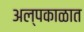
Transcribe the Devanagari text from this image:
अल्पकाळात